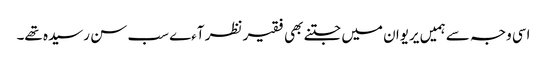
اسی وجہ سے ہمیں یریوان میں جتنے بھی فقیر نظر آءے سب سن رسیدہ تھے۔